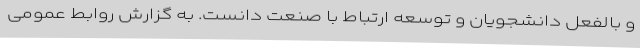
و بالفعل دانشجویان و توسعه ارتباط با صنعت دانست. به گزارش روابط عمومی